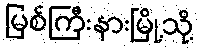
မြစ်ကြီးနားမြို့သို့